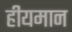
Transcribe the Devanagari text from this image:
हीयमान